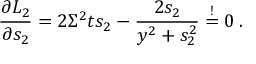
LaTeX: \frac { \partial { \cal L } _ { 2 } } { \partial s _ { 2 } } = 2 \Sigma ^ { 2 } t s _ { 2 } - \frac { 2 s _ { 2 } } { y ^ { 2 } + s _ { 2 } ^ { 2 } } \stackrel { ! } { = } 0 \: .